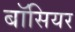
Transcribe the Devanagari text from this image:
बॉसियर